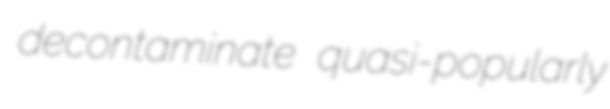
decontaminate quasi-popularly